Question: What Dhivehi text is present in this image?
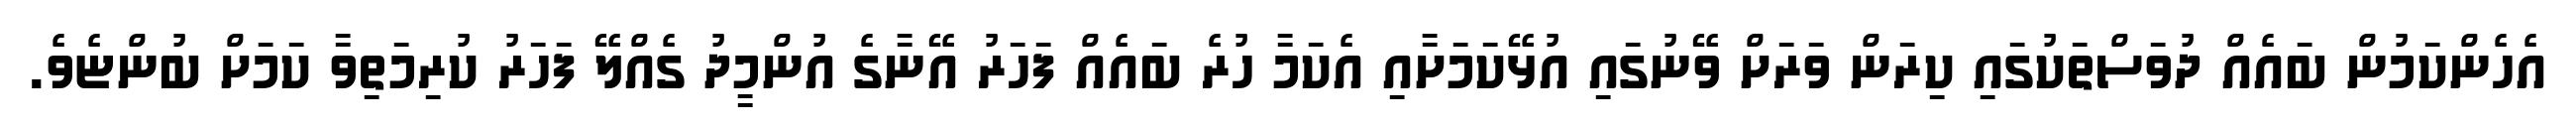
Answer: އެހެންކަމުން ބައެއް ދުވަސްތަކުގައި ކިރަން ވަރަށް ވޭނުގައި އުޅޭކަމަށާއި އެކަމާ ހުރެ ބައެއް ފަހަރު އޭނާގެ އުންމީދު ގެއްލޭ ފަހަރު ކުރިމަތިވާ ކަމަށް ބުންޏެވެ.